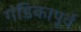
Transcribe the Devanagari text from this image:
गंडिकापूर्व